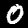
Label: 0